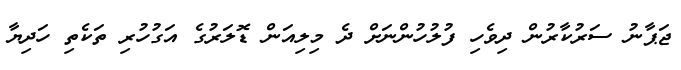
ޖަޕާނު ސަރުކާރުން ދިވެހި ފުލުހުންނަށް ދެ މިލިއަން ޑޮލަރުގެ އަގުހުރި ތަކެތި ހަދިޔާ